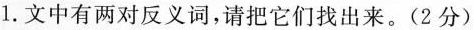
1.文中有两对反义词，请把它们找出来。(2分)